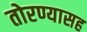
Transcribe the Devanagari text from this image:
तोरण्यासह